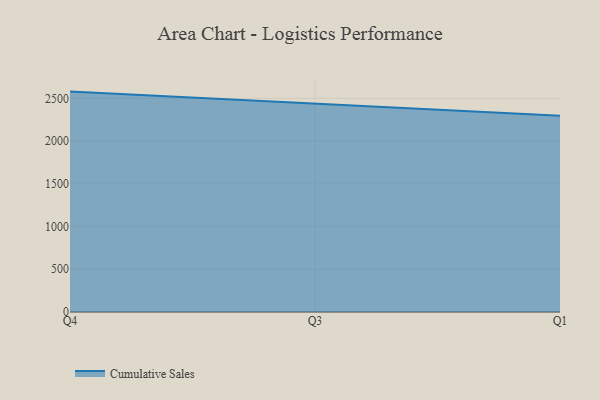
{"axis": {"x": "Quarter", "y": "Website Visitors"}, "legend": ["Cumulative Sales"], "data": [{"x": "Q4", "y": 2579.2, "type": "Cumulative Sales"}, {"x": "Q3", "y": 2436.3, "type": "Cumulative Sales"}, {"x": "Q1", "y": 2297.8, "type": "Cumulative Sales"}]}